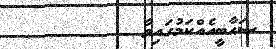
ޞަޙާބީއެއްކަމުގައިވާ